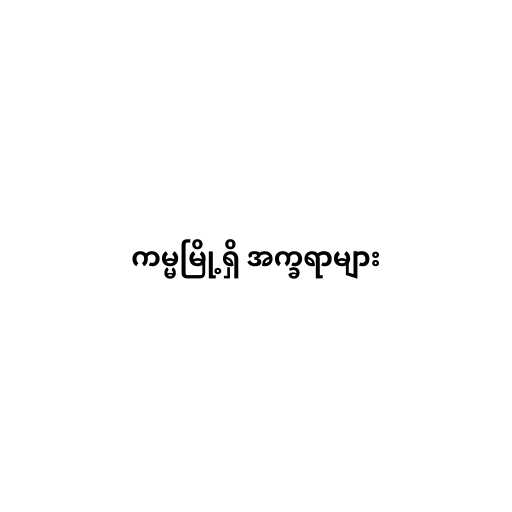
ကမ္မမြို့ရှိ အက္ခရာများ